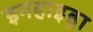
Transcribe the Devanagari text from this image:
इनहाइड्रा